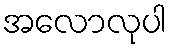
အလောလုပါ